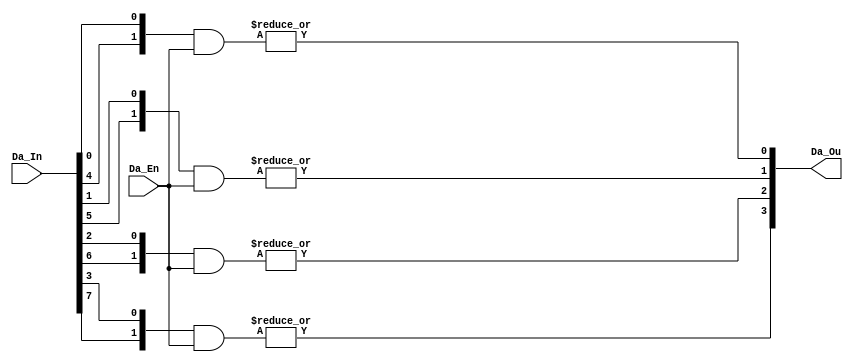
module Mux_e 
       #(parameter GN = 2,GW = 4)       
      (
       input  [GN*GW-1:0] Da_In  ,  //룬{Da_In[GW-1],Da_In[GW-1],Da_In[GW-1],...,Da_In[GW-1]}
       input  [GN-1:0]    Da_En  ,  //ʹܣЧκʱֻһźЧ
       output [GW-1:0]    Da_Ou     //ѡ
      );
////////ݰλ,в߼Դ
reg  [GN-1:0] Da_In_RA[GW-1:0];
genvar gv0,gv1;
generate
begin
  for(gv0 = 0; gv0 < GW; gv0=gv0+1)
  begin:gv_00 
    for(gv1 = 0; gv1 < GN; gv1=gv1+1)
    begin:gv_01
      always @(*)
        Da_In_RA[gv0][gv1] <= Da_In[GW*gv1+gv0];
    end 
  end
end
endgenerate
////////ݺ͸ʹź߼룬ٰ߼
reg  [GW-1:0] Da_Ou_T;
generate
begin
  for(gv0 = 0;gv0 < GW; gv0=gv0+1)
  begin:gv_0
    always@(*)
      Da_Ou_T[gv0]   <= |(Da_In_RA[gv0]& Da_En) ;
  end  
end
endgenerate
assign Da_Ou = Da_Ou_T; 
      
endmodule